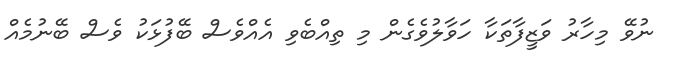
ނުވޭ މިހާރު ވަޒީފާތަކާ ހަވާލުވެގެން މި ތިއްބެވި އެއްވެސް ބޭފުޅަކު ވެސް ބޭނުމެއް